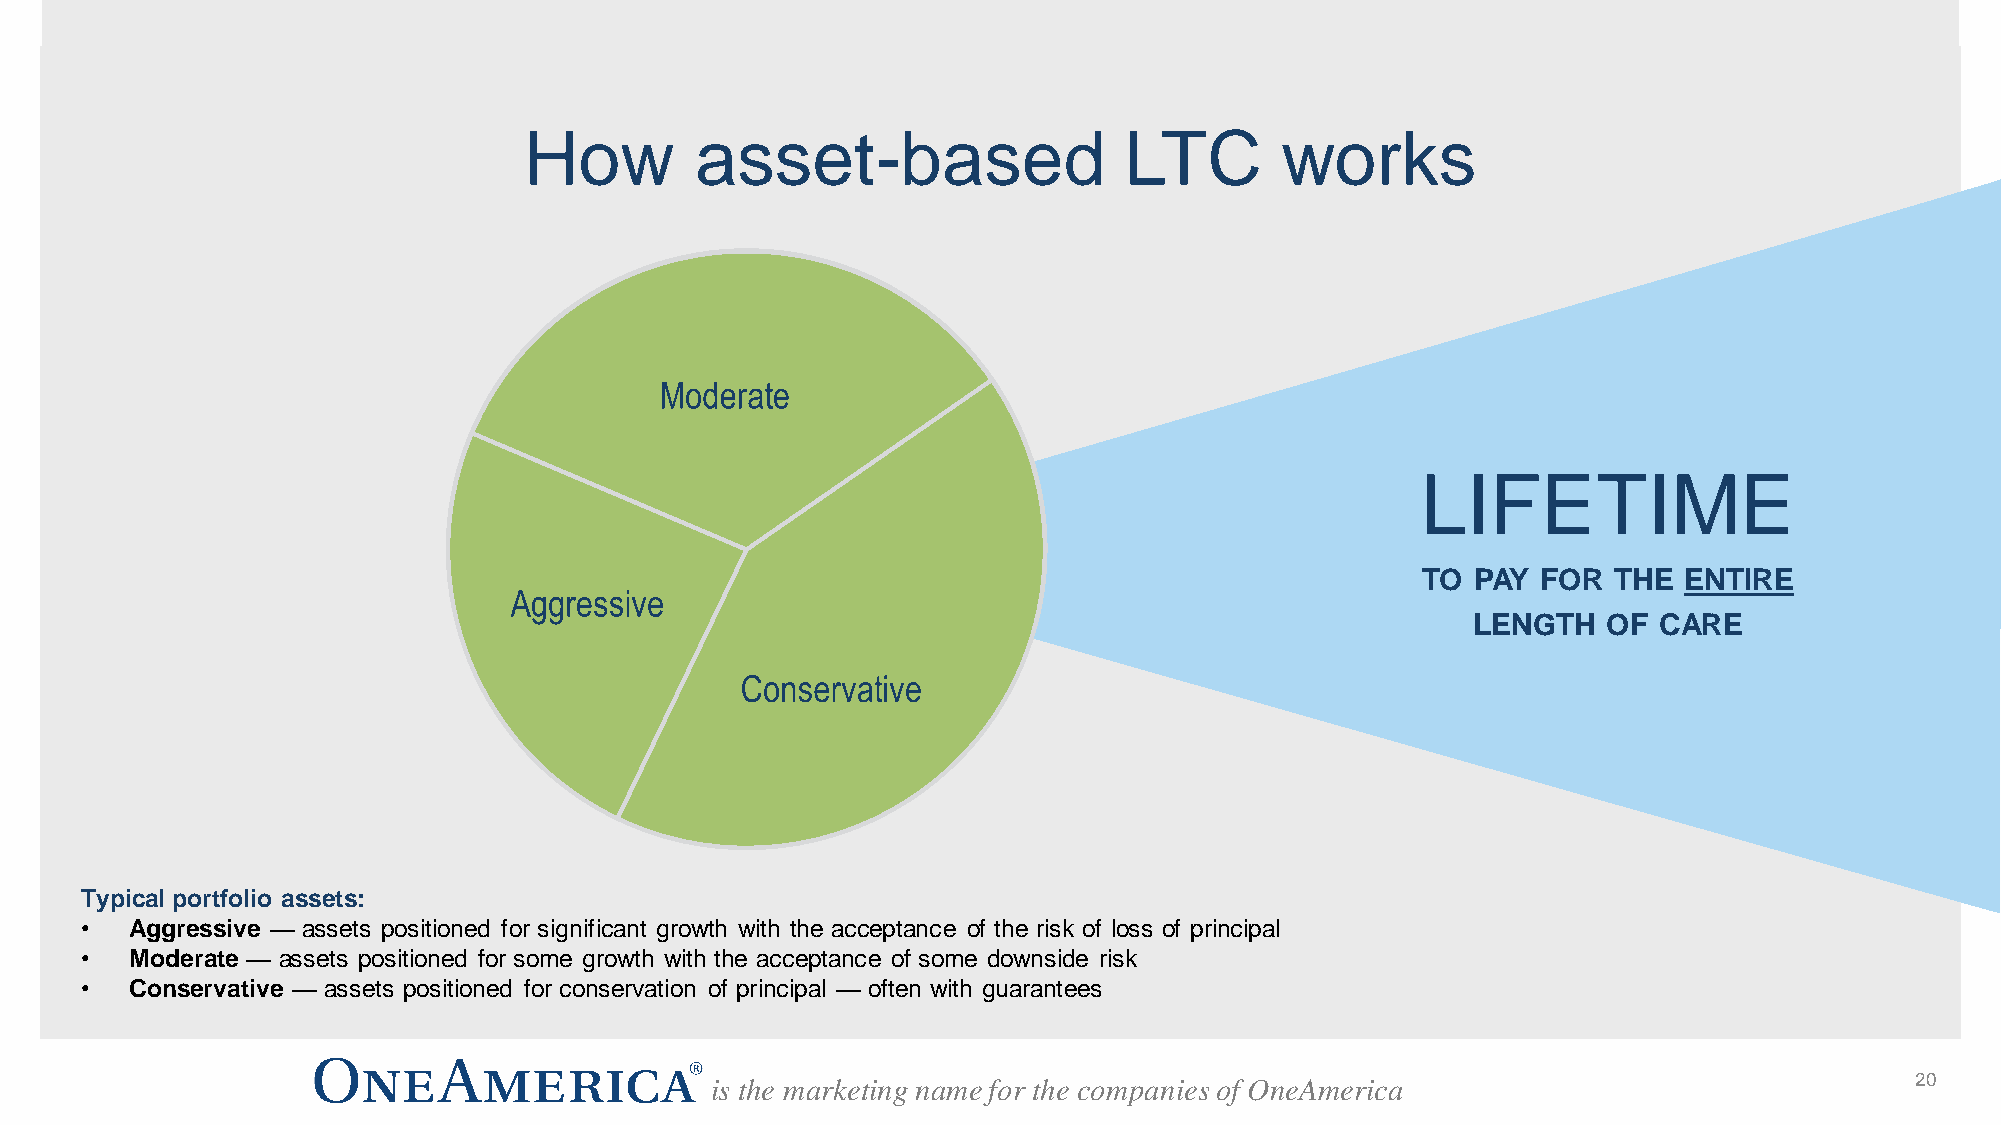
How        asset-based                 LTC        works
 LIFETIME
 $$$$
 TO  PAY FOR  THE ENTIRE
 LENGTH   OF  CARE
 Typical portfolio assets:
 •   Aggressive — assets positioned for significant growth with the acceptance of the risk of loss of principal
 •   Moderate — assets positioned for some growth with the acceptance of some downside risk
 •   Conservative — assets positioned for conservation of principal — often with guarantees
 is the marketing name for the companies of OneAmerica                           20